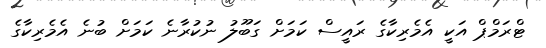
ޓްރަމްޕް އަކީ އެމެރިކާގެ ރައީސް ކަމަށް ގަބޫލު ނުކުރާނެ ކަމަށް ބުނެ އެމެރިކާގެ